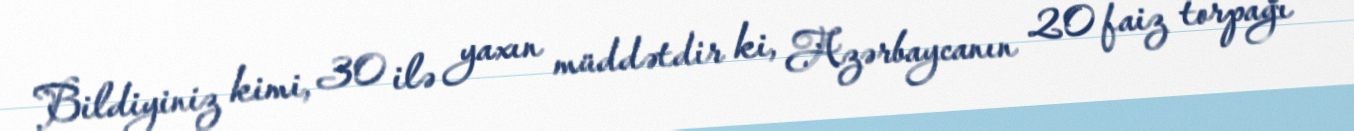
Bildiyiniz kimi, 30 ilə yaxın müddətdir ki, Azərbaycanın 20 faiz torpağı -